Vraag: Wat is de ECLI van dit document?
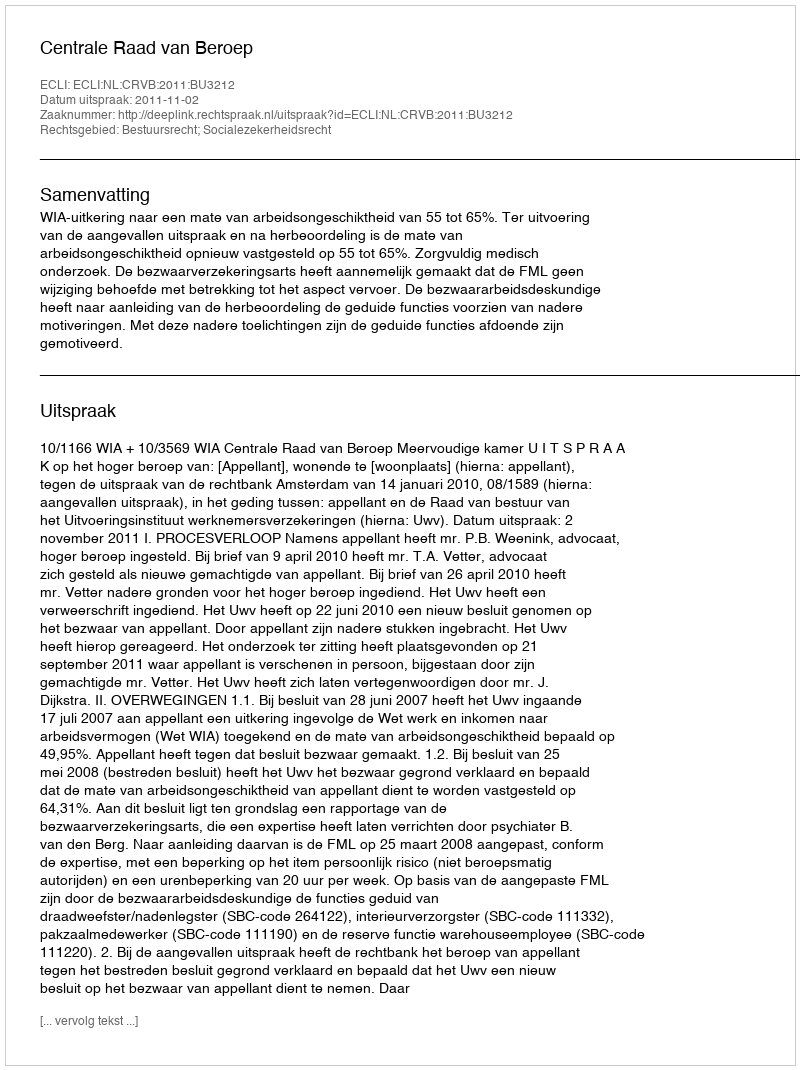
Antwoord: ECLI:NL:CRVB:2011:BU3212